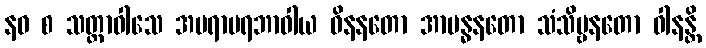
နဝ စ သတ္တာဝါသေ အပရာပရဘာဝါယ ဝိနနတော အာဗန္ဓနတော သံသိဗ္ဗနတော ဝါနန္တိ